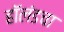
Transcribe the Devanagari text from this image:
हॉलंडचा